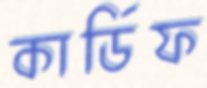
কার্ডিফ